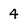
Character: 4